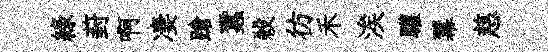
綠葑啊凄蹌蠶殺彷禾涘驩羃慈